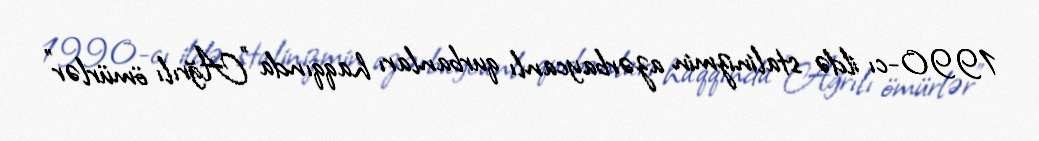
1990-cı ildə stalinizmin azərbaycanlı qurbanları haqqında "Ağrılı ömürlər"